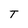
Character: T